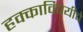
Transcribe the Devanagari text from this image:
हक्काविषयीचे